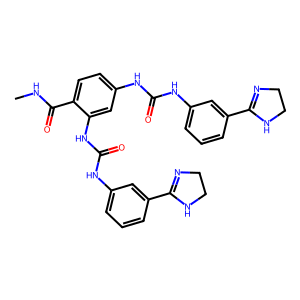
SMILES: CNC(=O)c1ccc(NC(=O)Nc2cccc(C3=NCCN3)c2)cc1NC(=O)Nc1cccc(C2=NCCN2)c1
Inhibits HIV replication: Yes